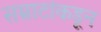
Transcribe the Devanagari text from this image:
सम्राटांकडून